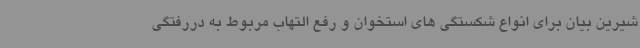
شیرین بیان برای انواع شکستگی های استخوان و رفع التهاب مربوط به دررفتگی